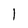
Character: I